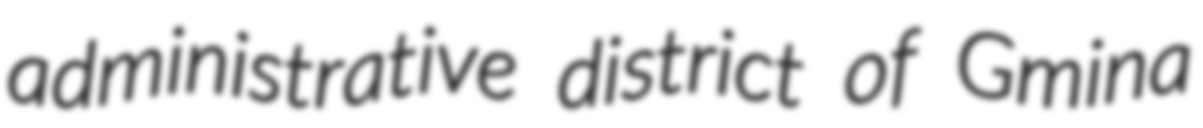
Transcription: administrative district of Gmina